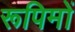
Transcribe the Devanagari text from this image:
रूपिमों